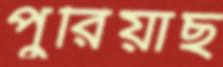
পুরিয়াছ